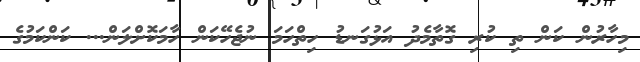
މިހާރުން ކަން ތި ކުރި ގޮތާމެދު އަޅުގަނޑު ހިތްހަމަ ނުޖެހޭކަން ހާމަކޮށްލަން... ކަންކަމުގެ